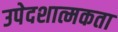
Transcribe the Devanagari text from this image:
उपेदशात्मकता